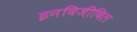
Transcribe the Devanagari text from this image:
इनविजी़बिल